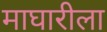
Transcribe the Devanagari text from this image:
माघारीला